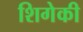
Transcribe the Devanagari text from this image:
शिगेकी